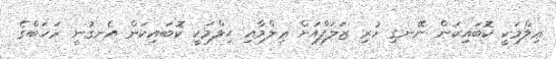
ޢިލްމަކީ ކޮބައިކަން ނޭނގި ހުރި ޒަލަފްއަށް ޢިލްމާއި ޙިލްމަކީ ކޮބައިކަން އެނގުނީ ރަޚަބްގެ